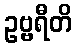
ဥဗ္ဗရီတိ